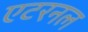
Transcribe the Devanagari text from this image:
एटरनल